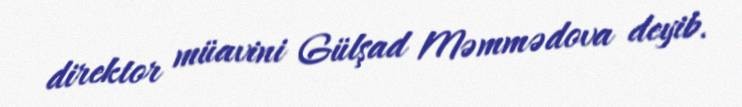
direktor müavini Gülşad Məmmədova deyib.